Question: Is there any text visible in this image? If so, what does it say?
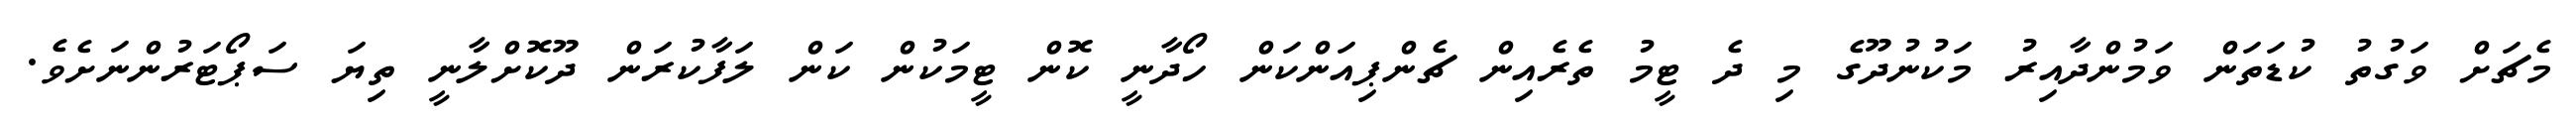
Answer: މެޗަށް ވަގުތު ކުޑަތަން ވަމުންދާއިރު މަކުނުދޫގެ މި ދެ ޓީމު ތެރެއިން ޗެންޕިއަންކަން ހޯދާނީ ކޮން ޓީމަކުން ކަން ލަފާކުރަން ދޫކޮށްލާނީ ތިޔަ ސަޕޯޓަރުންނަށެވެ.